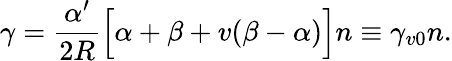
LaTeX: \gamma=\frac{\alpha^{\prime}}{2R}\Big[\alpha+\beta+v(\beta-\alpha)\Big]n\equiv\gamma_{v0}n.